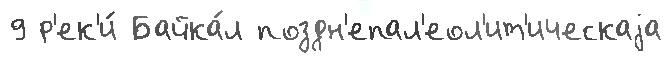
9 р'ек'и́ Байка́л поздн'епал'еол'ит'ическаjа